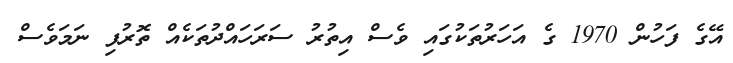
އޭގެ ފަހުން 1970 ގެ އަހަރުތަކުގައި ވެސް އިތުރު ސަރަހައްދުތަކެއް ތޮރުފި ނަމަވެސް